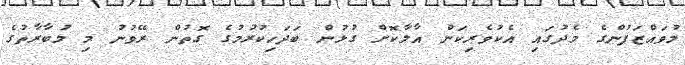
މުވައްޒަފުންގެ މެދުގައި އެކުވެރިކަން އާލާކޮށް ގުޅުން ބަދަހިކުރުމުގެ ގޮތުން ރޭވުނު މި މުބާރާތުގެ